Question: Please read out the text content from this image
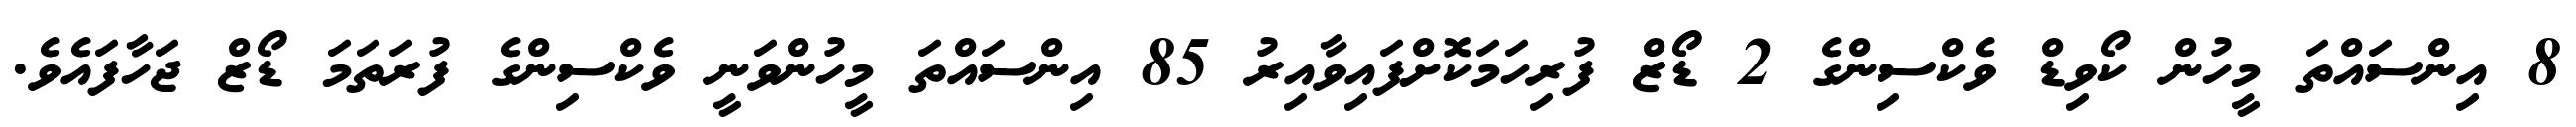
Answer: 8 އިންސައްތަ މީހުން ކޯވިޑް ވެކްސިންގެ 2 ޑޯޒް ފުރިހަމަކޮށްފައިވާއިރު 85 އިންސައްތަ މީހުންވަނީ ވެކްސިންގެ ފުރަތަމަ ޑޯޒް ޖަހާފައެވެ.